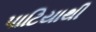
પાટિયાથી